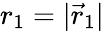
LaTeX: {r_{1}=|\vec{r}_{1}|}